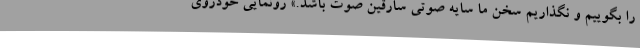
را بگوییم و نگذاریم سخن ما سایه صوتیِ سارقین صوت باشد.» رونمایی خودروی